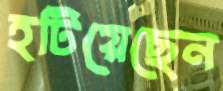
হটিয়েছেন